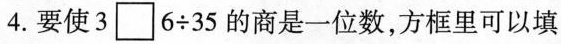
4. 要使3 \Box 6 \div 35的商是一位数，方框里可以填